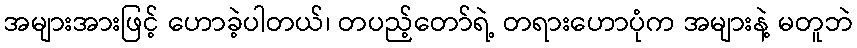
အများအားဖြင့် ဟောခဲ့ပါတယ်၊ တပည့်တော်ရဲ့ တရားဟောပုံက အများနဲ့ မတူဘဲ